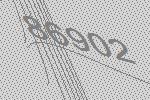
86902